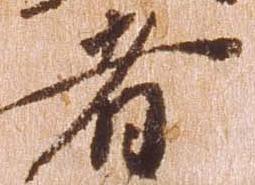
者